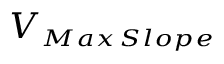
V _ { \substack { \scriptscriptstyle M a x \, S l o p e } }